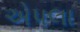
એપલા